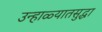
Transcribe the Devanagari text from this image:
उन्हाळ्यातसुद्धा